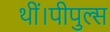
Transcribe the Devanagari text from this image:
थीं।पीपुल्स